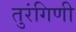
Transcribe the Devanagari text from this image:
तुरंगिणी